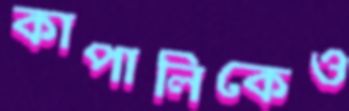
কাপালিকেও